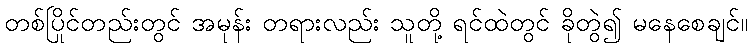
တစ်ပြိုင်တည်းတွင် အမုန်း တရားလည်း သူတို့ ရင်ထဲတွင် ခိုတွဲ၍ မနေစေချင်။